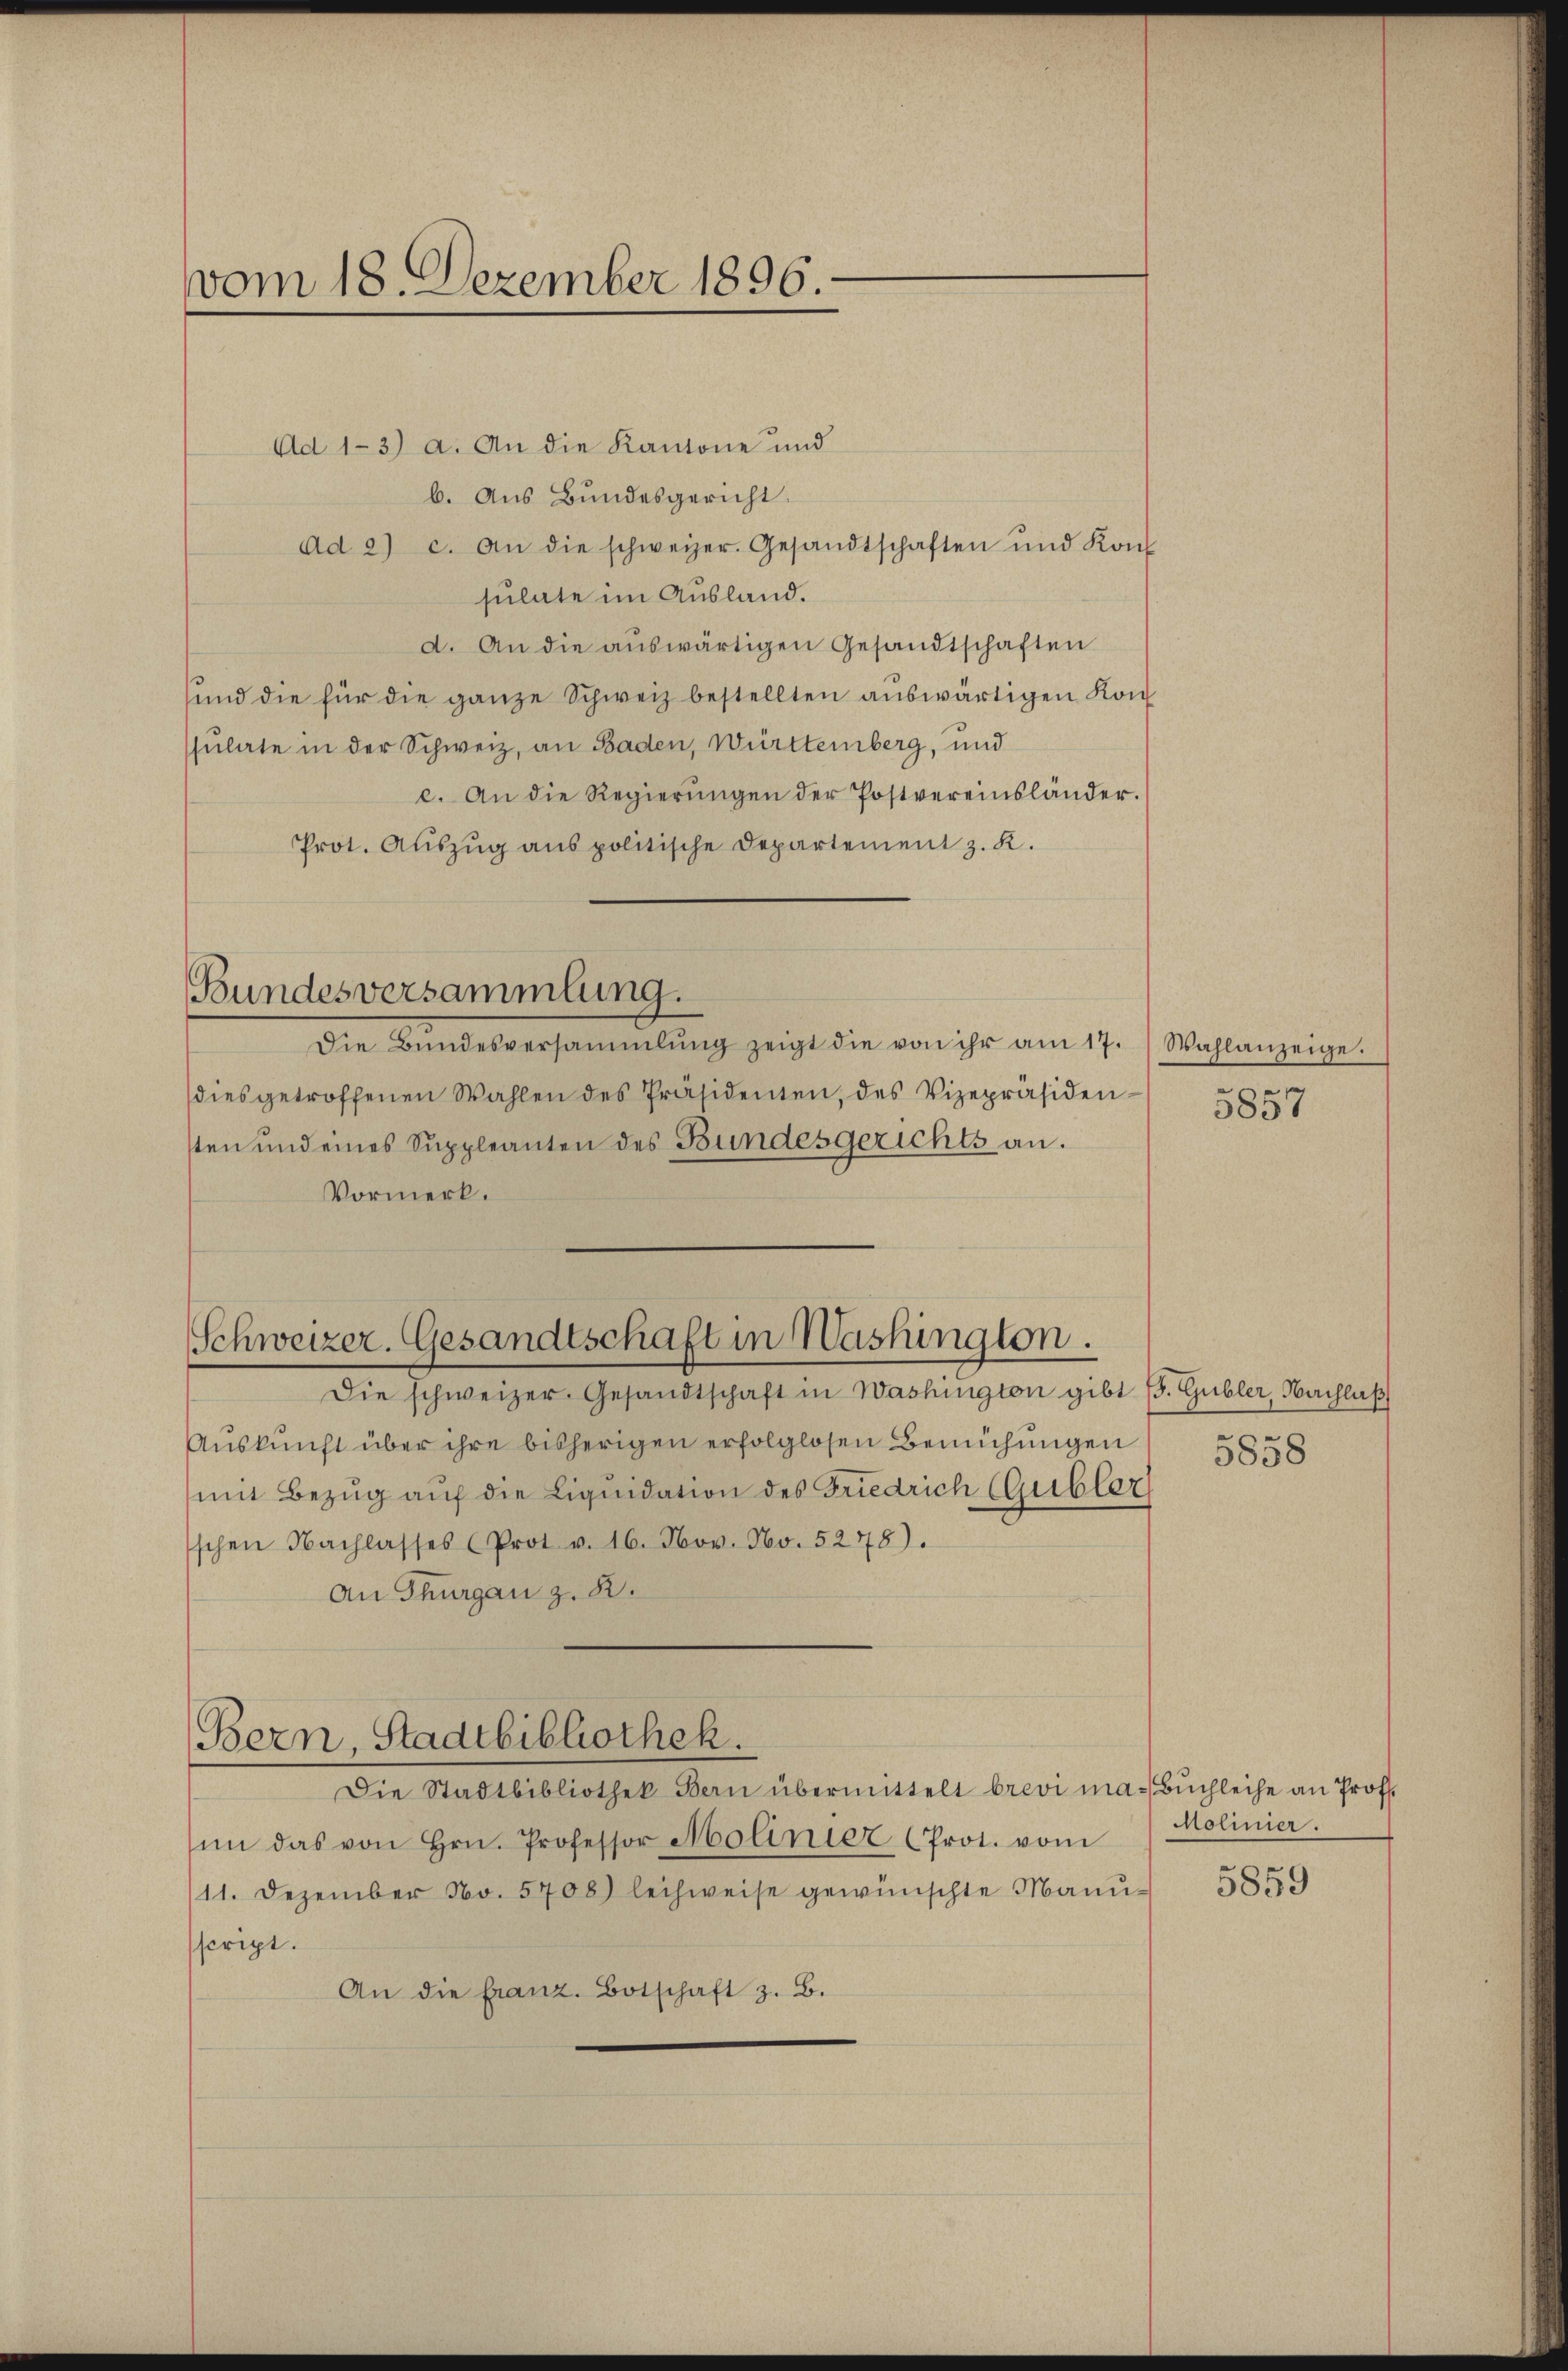
vom 18. Dezember 1896.

Ad 1-3) a. An die Kantone und
b. Aus Bundesgericht.
Ad 2) c. an die schweizer. Gesandtschaften und Kon
sulate im Ausland.
d. An die auswärtigen Gesandtschaften
und die für die ganze Schweiz bestellten auswärtigen Kon
sulate in der Schweiz, an Baden, Württemberg, und
e. An die Regierŭngen der Postvereinsländer.
Prot. Auszug aus politische Departement z. R.

dies getroffenen Wahlen des Präsidenten, des Vizepräsiden
sten und eines Suppleanten des Bundesgerichts an.
Vormerk.

Bundesversammlung.
Die Bundesversammlung zeigt die von ihr am 17.

Schweizer. Gesandtschaft in Washington.

Die schweizer. Gesandtschaft in Washington gibt (s. Gubler, Nachlaß
Auskunft über ihre bisherigen erfolglosen Bemühungen
mit Bezug auf die Liquidation des Friedrich (Gubler
schen Nachlasses (Prot. v. 16. Nov. No. 5278).
An Thurgau z. B.

Bern, Stadtbibliothek.

Die Stadtbibliothek Bern übermittelt brevi ma-Buchleihe an Prof.
im das von Hrn. Professor Molinier (Prot. vom
11. Dezember No. 5708) leihweise gewünschte Manuscript.
An die franz. Botschaft z. B.

Wahlanzeige.

5858

Molinier.

5859